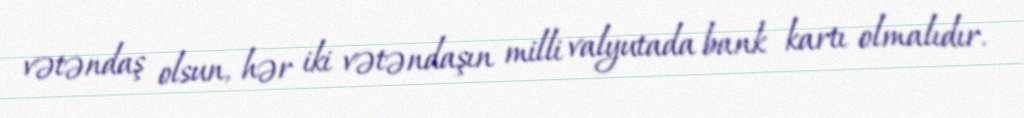
vətəndaş olsun, hər iki vətəndaşın milli valyutada bank kartı olmalıdır.